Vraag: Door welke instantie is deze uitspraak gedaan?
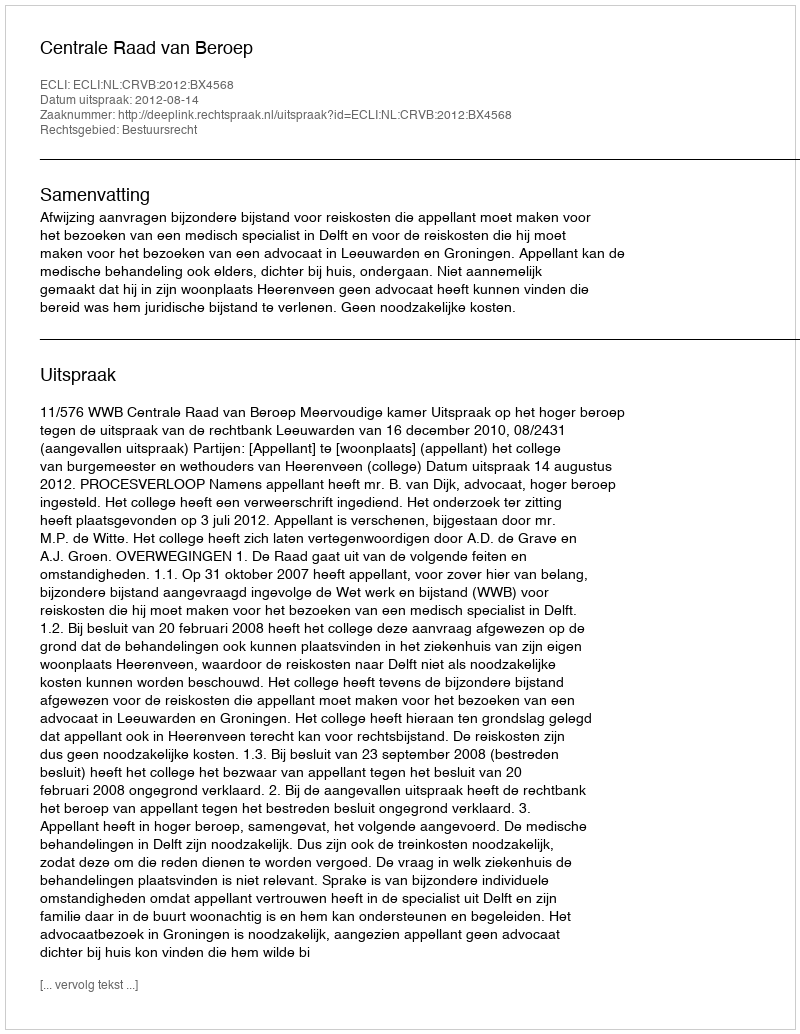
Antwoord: Centrale Raad van Beroep